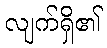
လျက်ရှိ၏